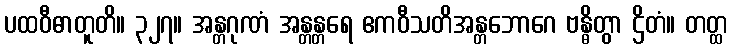
ပထဝီဓာတူတိ။ ၃၂၇။ အန္တဂုဏံ အန္တန္တရေ ဧကဝီသတိအန္တဘောဂေ ဗန္ဓိတွာ ဌိတံ။ တတ္ထ